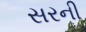
સરની